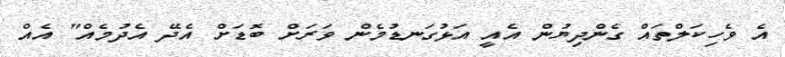
އެ ވެހިކަލްތައް ގެންދިޔުން އެއީ އަޅުގަނޑުމެން ވަރަށް ބޮޑަށް އެދޭ އެދުމެއް" އެއް